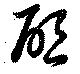
啓